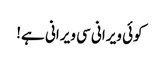
کوئی ویرانی سی ویرانی ہے!